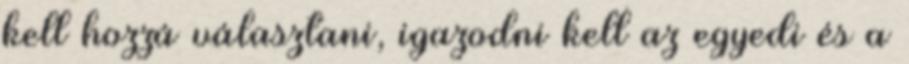
kell hozzá választani, igazodni kell az egyedi és a